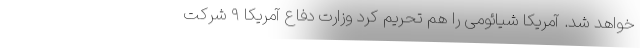
خواهد شد. آمریکا شیائومی را هم تحریم کرد وزارت دفاع آمریکا ۹ شرکت